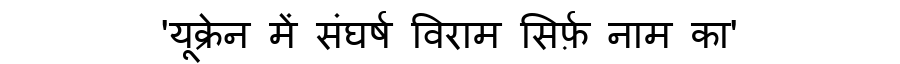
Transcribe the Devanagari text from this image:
'यूक्रेन में संघर्ष विराम सिर्फ़ नाम का'